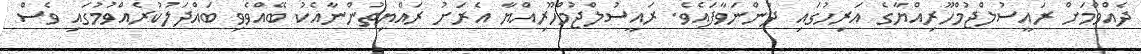
ދެއްވުމަށް ރައީސުލްޖުމްހޫރިއްޔާގެ އަރިހުގައި ދަންނަވާފައެވެ. ރައީސުލްޖުމްހޫރިއްޔާ އެރަށު ރައްޔިތުންނާއެކު ބޭއްވެވި ބައްދަލުކުރެއްވުމުގައި ވެސް